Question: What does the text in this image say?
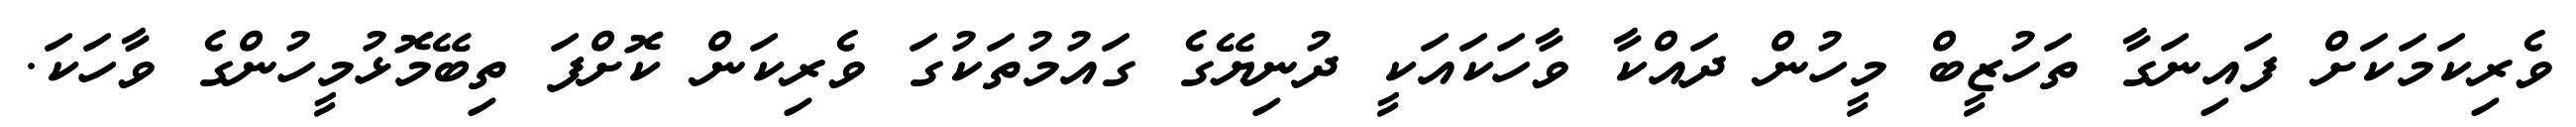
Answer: ވެރިކަމަކަށް ފައިނަގާ ތަހުޒީބް މީހުން ދައްކާ ވާހަކައަކީ ދުނިޔޭގެ ގައުމުތަކުގަ ވެރިކަން ކޮށްފަ ތިބޭމޮޅުމީހުންގެ ވާހަކަ.